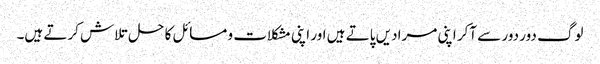
لوگ دور دور سے آکر اپنی مرادیں پاتے ہیں اور اپنی مشکلات و مسائل کا حل تلاش کرتے ہیں۔